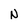
Character: N